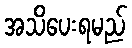
အသိပေးရမည်